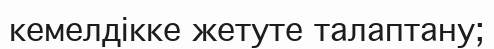
кемелдікке жетуте талаптану;